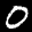
Label: 0